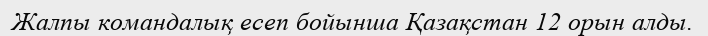
Жалпы командалық есеп бойынша Қазақстан 12 орын алды.